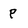
Character: P